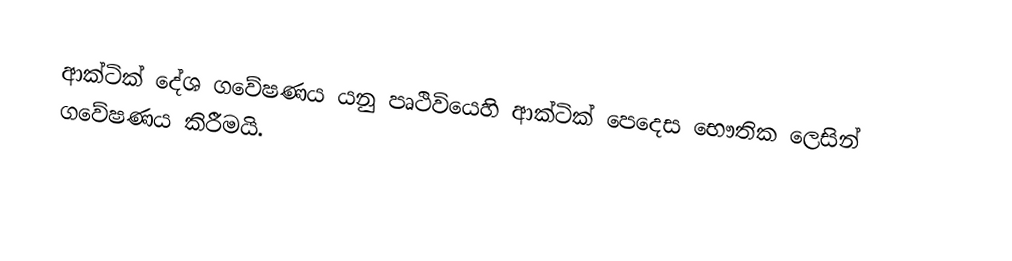
ආක්ටික් දේශ ගවේෂණය යනු පෘථිවියෙහි ආක්ටික් පෙදෙස භෞතික ලෙසින් ගවේෂණය කිරීමයි.